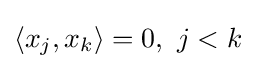
\langle x_{j},x_{k}\rangle =0,\ j<k